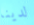
لدينا